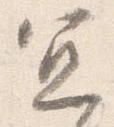
宜